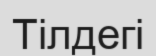
Тілдегі